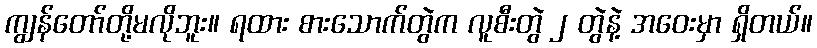
ကျွန်တော်တို့မလိုဘူး။ ရထား စားသောက်တွဲက လူစီးတွဲ ၂ တွဲနဲ့ အဝေးမှာ ရှိတယ်။